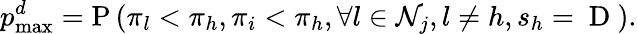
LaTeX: p_{\operatorname*{max}}^{d}=\mathrm{P}\left(\pi_{l}<\pi_{h},\pi_{i}<\pi_{h},\forall l\in\mathcal{N}_{j},l\neq h,s_{h}=\mathrm{~D~}\right).